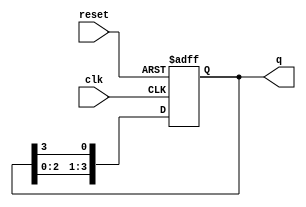
module ring_counter (
    input wire clk,         // Clock signal
    input wire reset,       // Asynchronous reset signal
    output reg [3:0] q      // 4-bit output of the Ring Counter
);

    // Initial state (one flip-flop set high, others low)
    initial begin
        q = 4'b1000; // Starting state
    end

    // Synchronous process
    always @(posedge clk or posedge reset) begin
        if (reset) begin
            q <= 4'b1000; // Reset to initial state
        end else begin
            // Update the state of the Ring Counter
            q <= {q[2:0], q[3]}; // Shift left and wrap around
        end
    end

endmodule